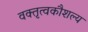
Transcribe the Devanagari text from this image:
वक्तृत्वकौशल्य